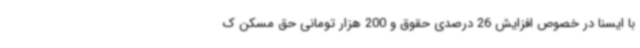
با ایسنا در خصوص افزایش 26 درصدی حقوق و 200 هزار تومانی حق مسکن ک